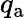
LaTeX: q_{\mathrm{a}}